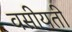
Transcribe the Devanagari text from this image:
वसीयती